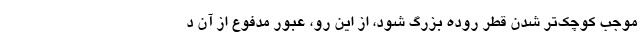
موجب کوچک‌تر شدن قطر روده بزرگ شود، از این رو، عبور مدفوع از آن د